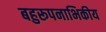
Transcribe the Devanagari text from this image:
बहुरूपनाभिकीय